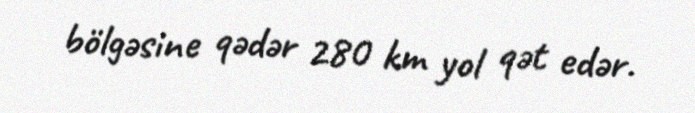
bölgəsine qədər 280 km yol qət edər.